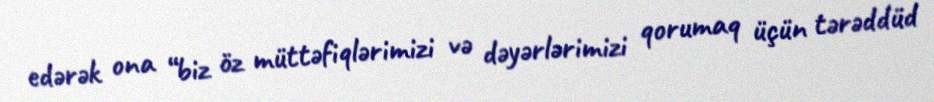
edərək ona “biz öz müttəfiqlərimizi və dəyərlərimizi qorumaq üçün tərəddüd